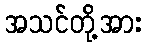
အသင်တို့အား